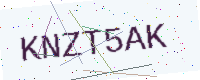
Text: KNZT5AK